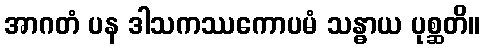
အာဂတံ ပန ဒါသကဿကောပမံ သန္ဓာယ ပုစ္ဆတိ။